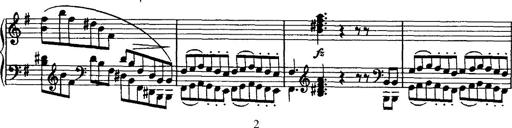
Title: Rondo di bravura
Composer: Franz Liszt